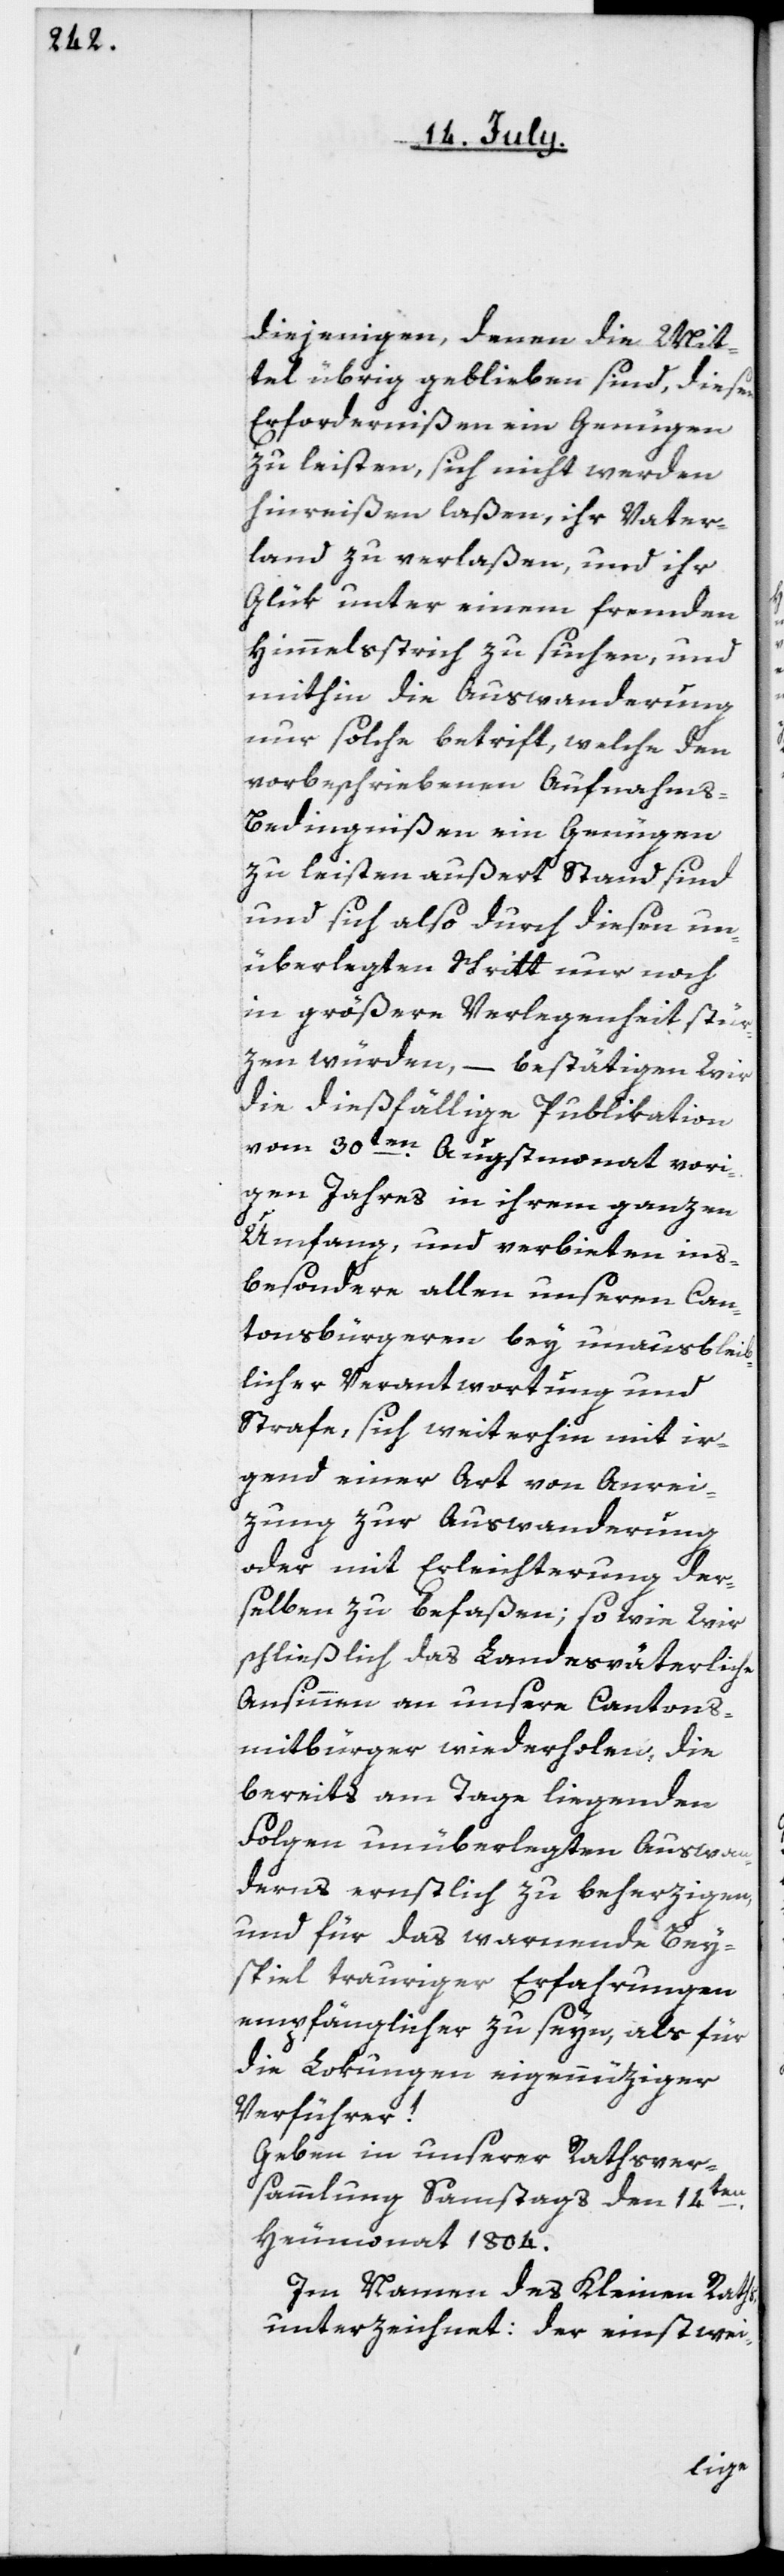
diejenigen, denen die Mit¬
tel übrig geblieben sind, diesen
Erfordernißen ein Genügen
zu leisten, sich nicht werden
hinreißen laßen, ihr Vater¬
land zu verlaßen, und ihr
Glük unter einem fremden
Himmelsstrich zu suchen, und
mithin die Auswanderung
nur solche betrifft, welche den
vorbeschriebenen Aufnahm¬
s-Bedingnißen ein Genügen
zu leisten außert Stand sind,
und sich also durch diesen un¬
überlegten Schritt nur noch
in größere Verlegenheit stür¬
zen würden, – bestätigen Wir
die dießfällige Publikation
vom 30ten Augstmonat vori¬
gen Jahres in ihrem ganzen
Umfang, und verbieten ins¬
besondere allen unseren Can¬
tonsbürgeren bey unausbleib¬
licher Verantwortung und
Strafe, sich weiterhin mit ir¬
gend einer Art von Anrei¬
zung zur Auswanderung
oder mit Erleichterung der¬
selben zu befaßen; so wie Wir
schließlich das Landesväterliche
Ansinnen an unsere Cantons¬
mitbürger wiederholen, die
bereits am Tage liegenden
Folgen unüberlegten Auswan¬
derns ernstlich zu beherzigen,
und für das warnende Bey¬
spiel trauriger Erfahrungen
empfänglicher zu seyn, als für
die Lokungen eigennüziger
Verführer!
Geben in unserer Rathsver¬
sammlung, Samstag den 14ten
Heumonat 1804.
Im Namen des Kleinen Raths
unterzeichnet: Der einstwei-